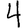
Digit: 4